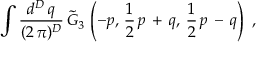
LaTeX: \int \frac { d ^ { D } \, q } { ( 2 \, \pi ) ^ { D } } \, \tilde { G } _ { 3 } \, \left( - p , \, \frac { 1 } { 2 } \, p \, + \, q , \, \frac { 1 } { 2 } \, p \, - \, q \right) \, \, ,